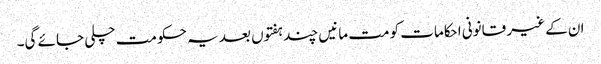
ان کے غیر قانونی احکامات کو مت مانیں چند ہفتوں بعد یہ حکومت چلی جائے گی۔